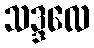
သဒ္ဒလေ